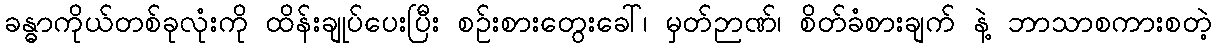
ခန္ဓာကိုယ်တစ်ခုလုံးကို ထိန်းချုပ်ပေးပြီး စဉ်းစားတွေးခေါ်၊ မှတ်ဉာဏ်၊ စိတ်ခံစားချက် နဲ့ ဘာသာစကားစတဲ့